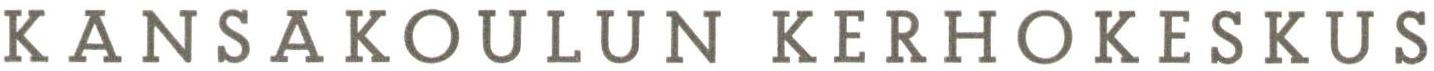
KANSAKOULUN KERHOKESKUS